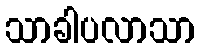
သာခါပလာသာ